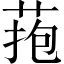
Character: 菢